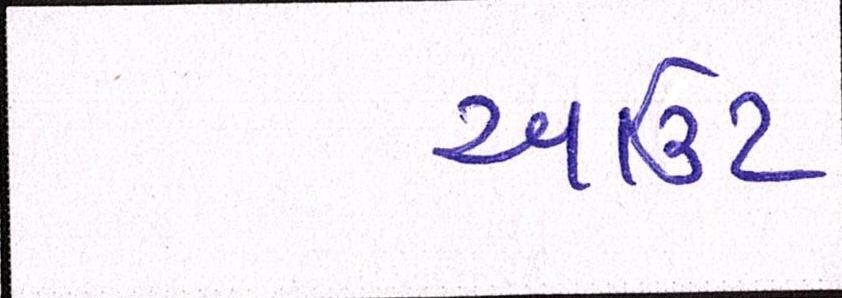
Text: આઉટ